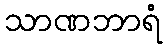
သာဏဘာရံ